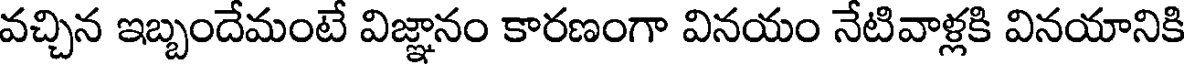
వచ్చిన ఇబ్బందేమంటే విజ్ఞానం కారణంగా వినయం నేటివాళ్లకి వినయానికి